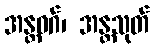
အန္တဝဂ်၊ အန္တသုတ်